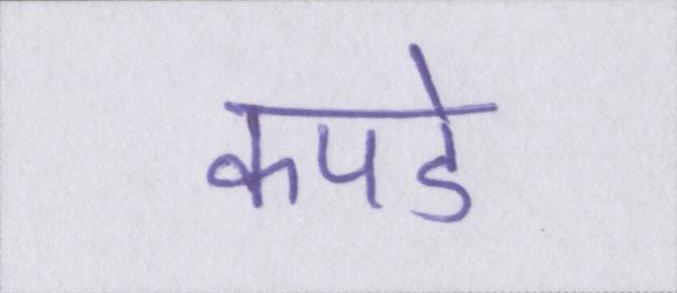
कपडे